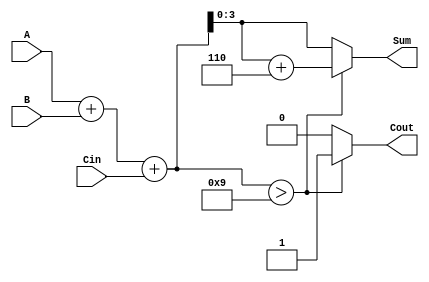
module BCD_Conditional_Adder (
    input  [3:0] A,       // First BCD digit
    input  [3:0] B,       // Second BCD digit
    input        Cin,      // Carry-in signal
    output reg [3:0] Sum,  // BCD Sum output
    output reg Cout        // Carry-out signal
);

    wire [4:0] binary_sum; // 5-bit to accommodate carry
    wire       is_invalid;  // Flag for invalid BCD sum

    // Step 1: Binary addition of A, B and Cin
    assign binary_sum = A + B + Cin;

    // Step 2: Check if the sum is greater than 9 (invalid BCD)
    assign is_invalid = binary_sum > 9;

    // Step 3: Compute the BCD sum
    always @(*) begin
        if (is_invalid) begin
            Sum = binary_sum + 4'b0110; // Add 6 to correct the sum
            Cout = 1'b1;                 // Set carry-out to 1
        end else begin
            Sum = binary_sum[3:0];       // Take the lower 4 bits as the sum
            Cout = 1'b0;                 // Set carry-out to 0
        end
    end

endmodule